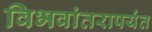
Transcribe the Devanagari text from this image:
विभवांतरापर्यंत